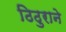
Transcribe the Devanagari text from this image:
ठिठुराने